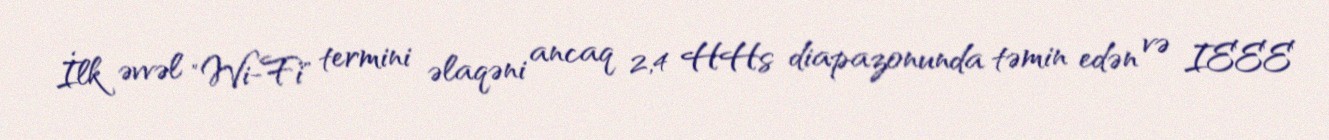
İlk əvvəl "Wi-Fi" termini əlaqəni ancaq 2,4 HHs diapazonunda təmin edən və IEEE